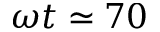
\omega t \simeq 7 0